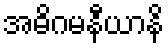
အဓိဂမနီယာနိ